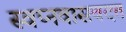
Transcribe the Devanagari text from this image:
स्वप्नवासवदत्त